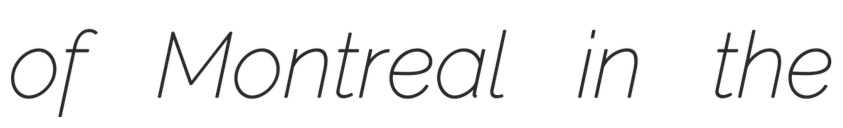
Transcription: of Montreal in the